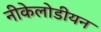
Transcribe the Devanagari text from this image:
नीकेलोडीयन